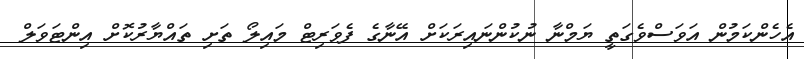
އެހެންކަމުން އަވަސްވެގަތީ ޔަމްނާ ނުކުންނައިރަކަށް އޭނާގެ ފެވަރިޓް މައިލޯ ތަށި ތައްޔާރުކޮށް އިންޓަވަލް